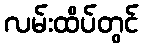
လမ်းထိပ်တွင်